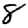
Digit: 8